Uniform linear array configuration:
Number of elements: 48
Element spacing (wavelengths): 0.5
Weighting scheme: hamming
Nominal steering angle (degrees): -60
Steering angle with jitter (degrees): -60.72
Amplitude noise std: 0.05
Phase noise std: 0.05

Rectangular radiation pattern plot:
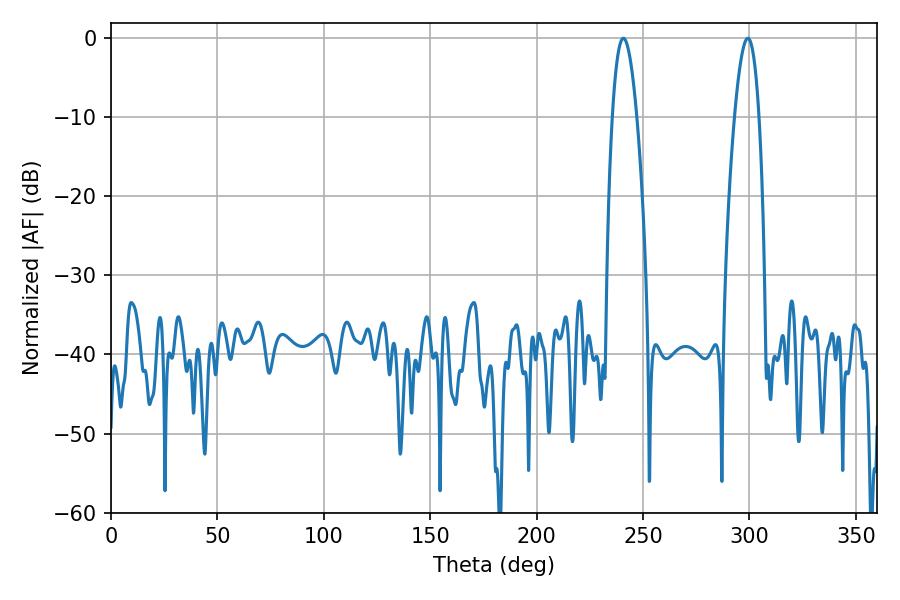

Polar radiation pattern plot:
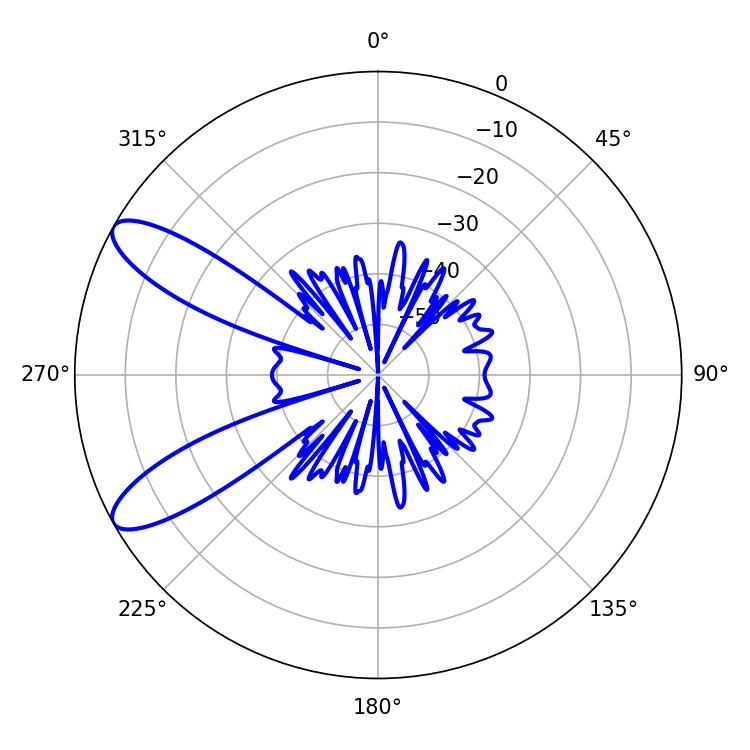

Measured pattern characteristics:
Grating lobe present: FALSE
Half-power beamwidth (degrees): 6.3
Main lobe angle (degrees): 299.16